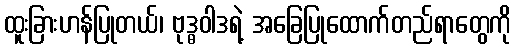
ထူးခြားဟန်ပြုတယ်၊ ဗုဒ္ဓဝါဒရဲ့ အခြေပြုထောက်တည်ရာတွေကို